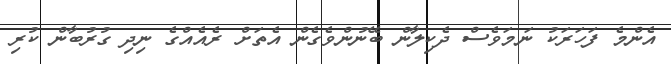
އެންމެ ފަހަރަކު ނަމަވެސް ދެކިލާން ބޭނުންވެގެން އެތަށް ރެއެއްގެ ނިދި ގުރުބާން ކުރި